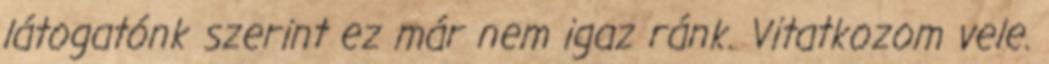
látogatónk szerint ez már nem igaz ránk. Vitatkozom vele.